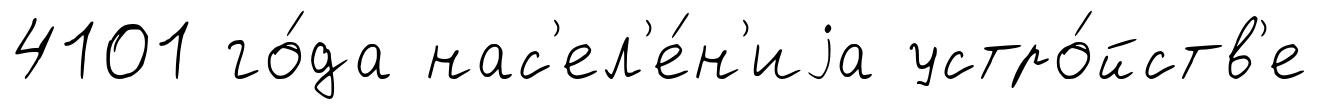
4101 го́да нас'ел'е́н'иjа устро́йств'е